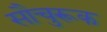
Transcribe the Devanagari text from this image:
सौचुरूक